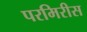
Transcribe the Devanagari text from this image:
परमिरीस